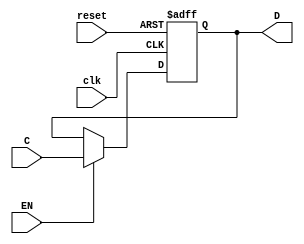
module FFD4(input wire clk, reset, EN,
  input wire [3:0]C,
  output reg [3:0]D);

always @ (posedge clk, posedge reset) begin

  if(reset) begin
    D <= 4'b0;
  end

  else if (EN) begin
    D <= C;
  end
end
endmodule


module FETCH(input wire clk, reset, EN, input wire [7:0]D, output wire[3:0]instr, oprnd);

  FFD4 A1(clk, reset, EN, D[7:4], instr);
  FFD4 B1(clk, reset, EN, D[3:0], oprnd);
endmodule


module contador(input wire clk, rst, EN, blo,
  input wire [11:0]load,
  output reg [11:0]val);

  always @(posedge clk or posedge rst or posedge blo) begin

    if(rst == 1)
      val <= 12'b0;

    else if(EN == 1)
      val <= val + 1;

    else if(blo == 1)
      val <= load;
end
endmodule


module Mrom(input wire [11:0]address,
  output wire [7:0]D);

  reg[7:0] Mrom[0:4095];


  initial begin
    $readmemb("Mrom.list", Mrom);
  end

  assign D = Mrom[address];
endmodule


module integrador(input wire clk, reset, ENPC, ENF, blo, input wire [11:0]load, output wire [7:0]P_B, output wire [3:0]instr, output wire [3:0]oprnd);
  wire [11:0]PC;
  contador C1(clk, reset, ENPC, blo, load, PC);
  Mrom C2(PC, P_B);
  FETCH C3(clk, reset, ENF, P_B, instr, oprnd);

endmodule